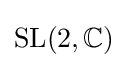
\operatorname {SL} (2,\mathbb {C} )